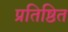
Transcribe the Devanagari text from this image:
प्रतिष्ठित